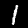
Digit: 1